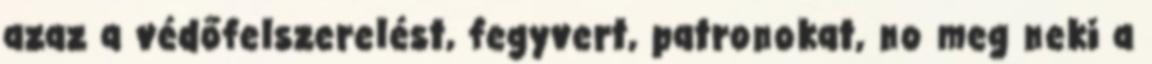
azaz a védőfelszerelést, fegyvert, patronokat, no meg neki a